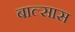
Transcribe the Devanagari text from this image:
बाल्सास